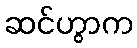
ဆင်ဟွာက